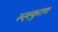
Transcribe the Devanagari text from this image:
रूह्ल्कुराण